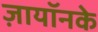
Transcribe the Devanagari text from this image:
ज़ायॉनके